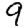
Digit: 9